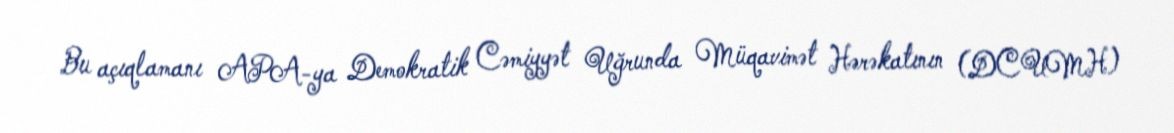
Bu açıqlamanı APA-ya Demokratik Cəmiyyət Uğrunda Müqavimət Hərəkatının (DCUMH)